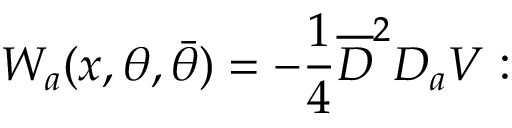
W _ { a } ( x , \theta , \bar { \theta } ) = - \frac { 1 } { 4 } \overline { { { D } } } ^ { 2 } D _ { a } V :